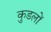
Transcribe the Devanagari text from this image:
कुडलों